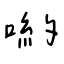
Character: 喲